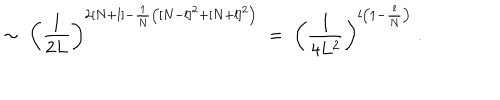
\sim \; \left( \frac { 1 } { 2 L } \right) ^ { 2 [ N + l ] - \frac { 1 } { N } \big ( [ N - l ] ^ { 2 } + [ N + l ] ^ { 2 } \big ) } \; = \; \left( \frac { 1 } { 4 L ^ { 2 } } \right) ^ { l \big ( 1 - \frac { l } { N } \big ) } \; .